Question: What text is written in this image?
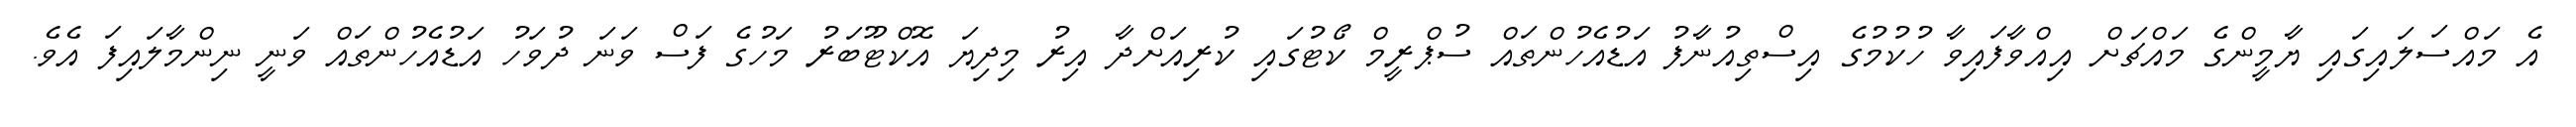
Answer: އެ މައްސަލައިގައި ޔާމީންގެ މައްޗަށް އިއްވާފައިވާ ހުކުމުގެ އިސްތިއުނާފު އަޑުއެހުންތައް ސުޕްރީމް ކޯޓުގައި ކުރިއަށްދާ އިރު މިދިޔަ އޮކްޓޫބަރު މަހުގެ ފަސް ވަނަ ދުވަހު އަޑުއެހުންތައް ވަނީ ނިންމާލައިފަ އެވެ.